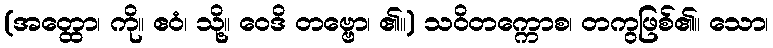
(အတ္ထော၊ ကို။ ဧဝံ၊ သို့။ ဝေဒိ တဗ္ဗော၊ ၏။) သဝိတက္ကောစ၊ တကွဖြစ်၏။ သော၊